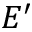
E ^ { \prime }